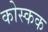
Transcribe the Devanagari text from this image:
कोस्कक